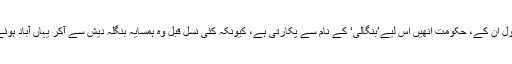
بقول اُن کے، حکومت اُنھیں اِس لیے’بنگالی‘ کے نام سے پکارتی ہے، کیونکہ کئی نسل قبل وہ ہمسایہ بنگلہ دیش سے آکر یہاں آباد ہوئے۔